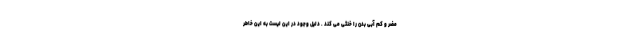
مضر و کم آبی بدن را خنثی می کند . دلیل وجود در این لیست به این خاطر